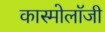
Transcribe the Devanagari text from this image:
कास्मोलॉजी